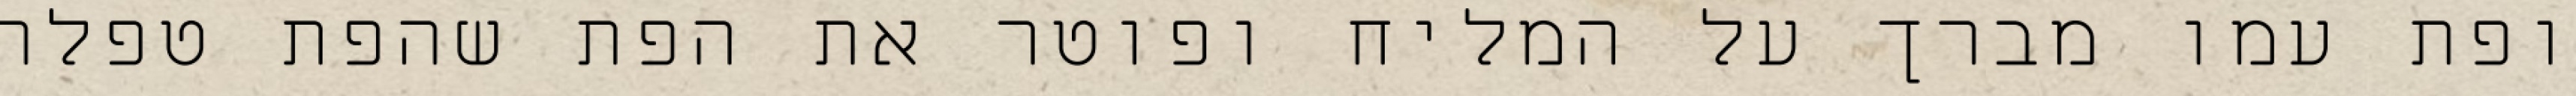
ופת עמו מברך על המליח ופוטר את הפת שהפת טפלה